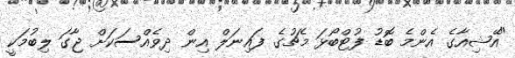
"އޭޝިއާގެ އެންމެ ބޮޑު ފުޓްބޯޅަ މެޗުގެ ފައިނަލް އިން ދިވެއްސަކަށް ޖާގަ ލިބުމަކީ